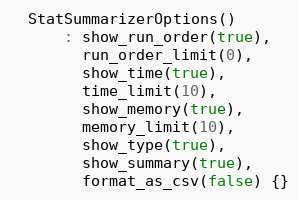
Language: C
  StatSummarizerOptions()
      : show_run_order(true),
        run_order_limit(0),
        show_time(true),
        time_limit(10),
        show_memory(true),
        memory_limit(10),
        show_type(true),
        show_summary(true),
        format_as_csv(false) {}